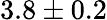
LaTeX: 3.8\pm 0.2